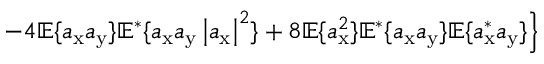
\left. - 4 \mathbb { E } \{ a _ { \mathrm { x } } a _ { \mathrm { y } } \} \mathbb { E } ^ { * } \{ a _ { \mathrm { x } } a _ { \mathrm { y } } \left| a _ { \mathrm { x } } \right| ^ { 2 } \} + 8 \mathbb { E } \{ a _ { \mathrm { x } } ^ { 2 } \} \mathbb { E } ^ { * } \{ a _ { \mathrm { x } } a _ { \mathrm { y } } \} \mathbb { E } \{ a _ { \mathrm { x } } ^ { * } a _ { \mathrm { y } } \} \right\}